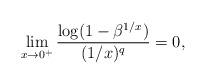
LaTeX: \begin{align*} \lim_{x \to 0^+} \frac{\log(1 - \beta^{1/x})}{(1/x)^q} = 0,\end{align*}